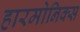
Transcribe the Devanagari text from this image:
हारमोनिक्स